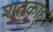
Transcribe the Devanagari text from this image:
शतकांहून